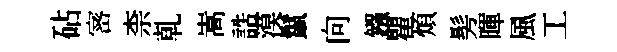
砧宻柰乹嵩誥漠鬣向鏹瞿煩髣暉風工